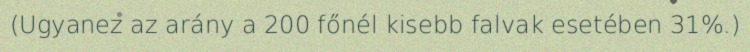
(Ugyanez az arány a 200 főnél kisebb falvak esetében 31%.)